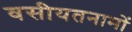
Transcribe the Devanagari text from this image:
वसीयतनामों